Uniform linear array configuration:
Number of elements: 12
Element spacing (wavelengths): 0.75
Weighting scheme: cosine
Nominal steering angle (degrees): -60
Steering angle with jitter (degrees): -59.248
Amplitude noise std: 0.05
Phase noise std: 0.05

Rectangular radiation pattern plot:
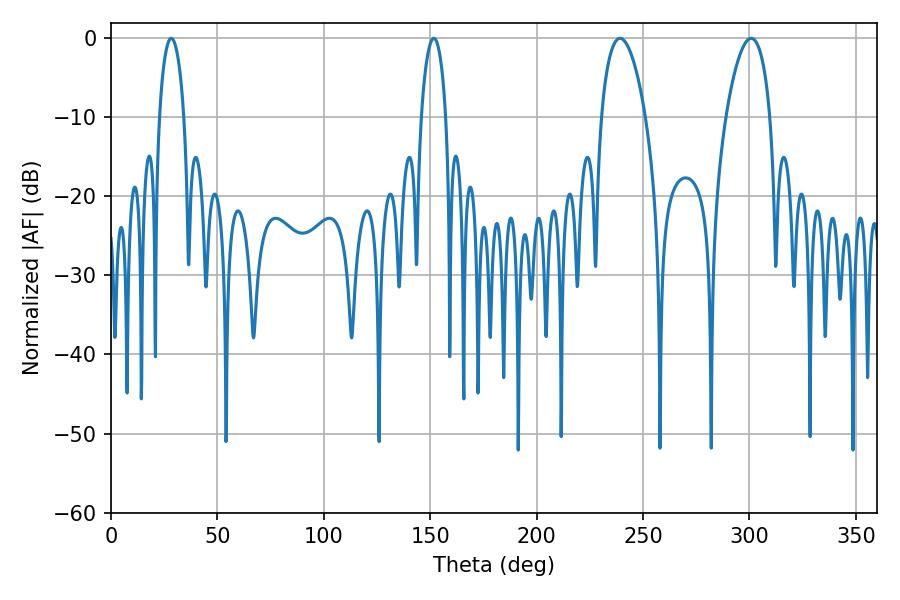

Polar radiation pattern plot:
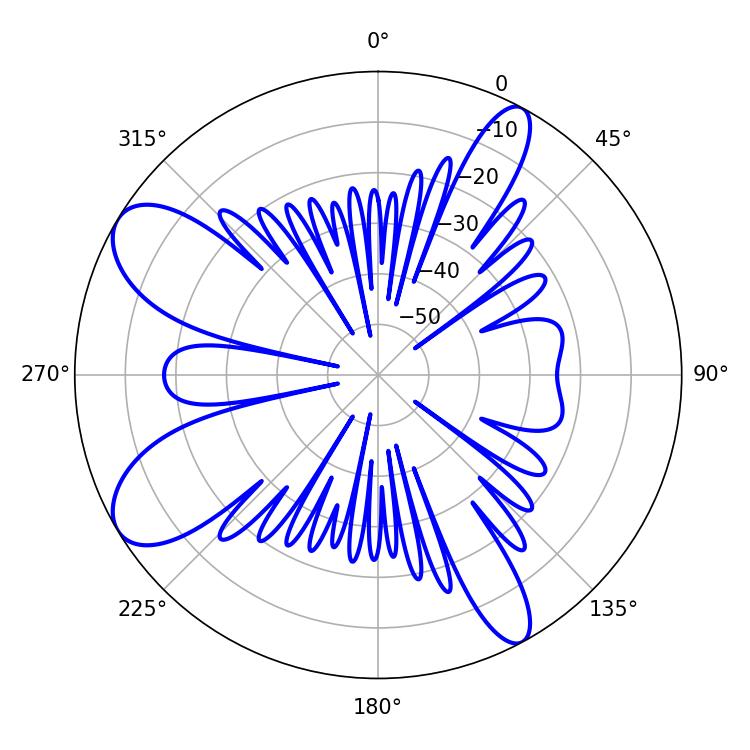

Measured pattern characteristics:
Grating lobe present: TRUE
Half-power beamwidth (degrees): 11.7
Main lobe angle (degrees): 239.22